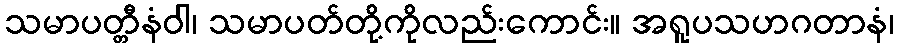
သမာပတ္တီနံဝါ၊ သမာပတ်တို့ကိုလည်းကောင်း။ အရူပသဟဂတာနံ၊